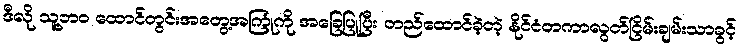
ဒီလို သူ့ဘဝ ထောင်တွင်းအတွေ့အကြုံကို အခြေပြုပြီး တည်ထောင်ခဲ့တဲ့ နိုင်ငံတကာလွတ်ငြိမ်းချမ်းသာခွင့်